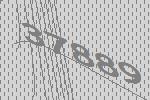
37889